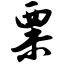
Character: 粟